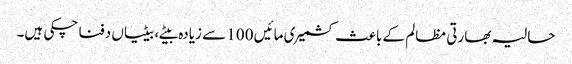
حالیہ بھارتی مظالم کے باعث کشمیری مائیں 100 سے زیادہ بیٹے، بیٹیاں دفنا چکی ہیں۔